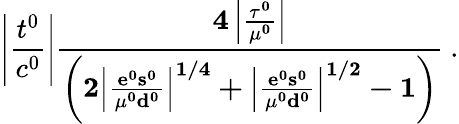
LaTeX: \left|{\frac{t^{0}}{c^{0}}}\right|\le{\frac{4\left|{\frac{\tau^{0}}{\mu^{0}}}\right|}{\left(2\left|{\frac{e^{0}s^{0}}{\mu^{0}d^{0}}}\right|^{1/4}+\left|{\frac{e^{0}s^{0}}{\mu^{0}d^{0}}}\right|^{1/2}-1\right)}}~.